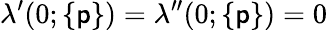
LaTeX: \lambda^{\prime}(0;\{ \mathsf{p}\} )=\lambda^{\prime\prime}(0;\{ \mathsf{p}\} )=0